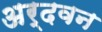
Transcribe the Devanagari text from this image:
अर्दवन